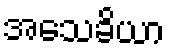
အသေခိယာ